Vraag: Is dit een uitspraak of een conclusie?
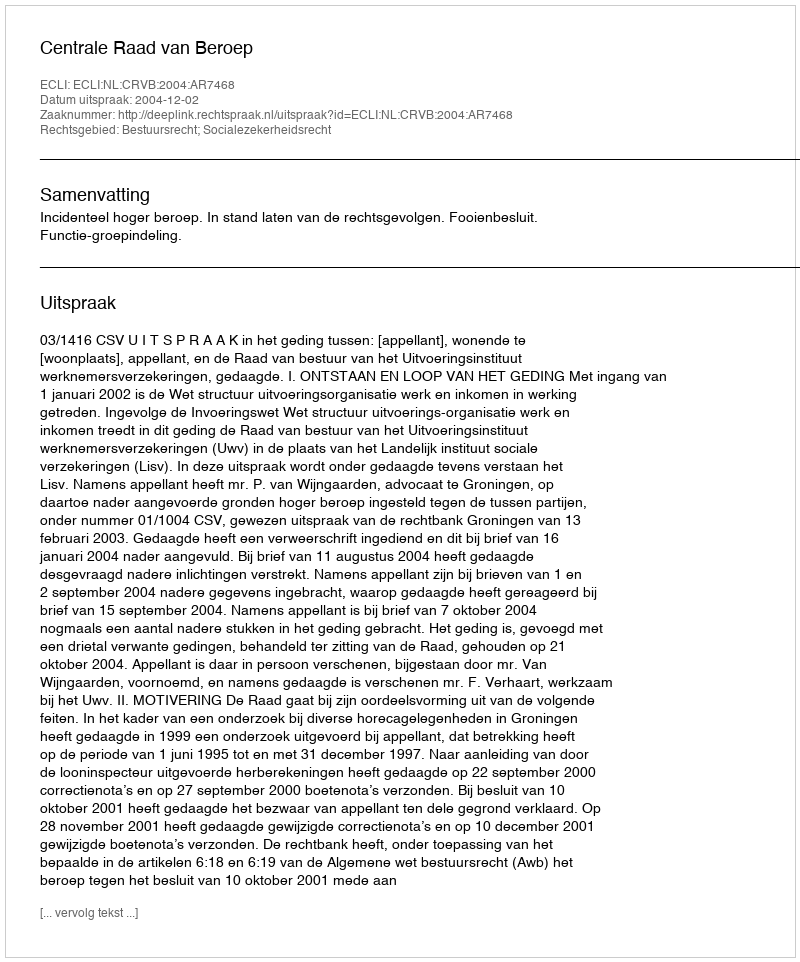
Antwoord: Uitspraak